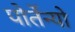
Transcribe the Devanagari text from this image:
पोर्तेन्यो